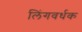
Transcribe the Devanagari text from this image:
लिंगवर्धक